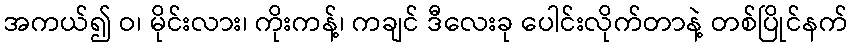
အကယ်၍ ဝ၊ မိုင်းလား၊ ကိုးကန့်၊ ကချင် ဒီလေးခု ပေါင်းလိုက်တာနဲ့ တစ်ပြိုင်နက်